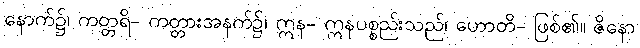
နောက်၌၊ ကတ္တရိ- ကတ္တားအနက်၌၊ ဣန- ဣနပစ္စည်းသည်၊ ဟောတိ- ဖြစ်၏။ ဇိနော